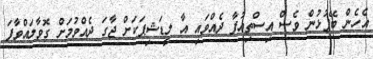
އެހެން ބޭފުޅުން ވެސް އިސްތިއުފާ ދެއްވައި އާ ލީޑަޝިޕަކަށް ޖާގަ ދެއްވުމަށް ގޮވާލައްވާފަ